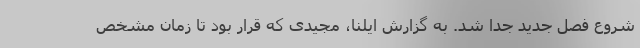
شروع فصل جدید جدا شد. به گزارش ایلنا، مجیدی که قرار بود تا زمان مشخص